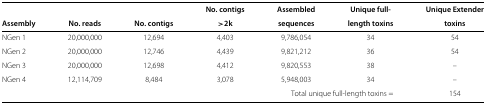
|  |  |  | No. contigs | Assembled | Unique full- | Unique Extender |
 | Assembly | No. reads | No. contigs | > 2k | sequences | length toxins | toxins |
 | --- | --- | --- | --- | --- | --- | --- |
 | NGen 1 | 20,000,000 | 12,694 | 4,403 | 9,786,054 | 34 | 54 |
 | NGen 2 | 20,000,000 | 12,746 | 4,439 | 9,821,212 | 36 | 54 |
 | NGen 3 | 20,000,000 | 12,698 | 4,412 | 9,820,553 | 38 | – |
 | NGen 4 | 12,114,709 | 8,484 | 3,078 | 5,948,003 | 34 | – |
 | <COLSPAN=6> Total unique full-length toxins = | 154 |